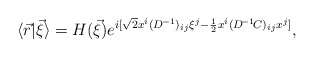
\begin{align*}\langle\vec{r}|\vec{\xi}\rangle=H(\vec{\xi})e^{i[\sqrt{2}x^{i}(D^{\!-1})_{ij}\xi^{j}-\frac{1}{2}x^{i}(D^{\!-1}\!C)_{ij}x^{j}]},\end{align*}